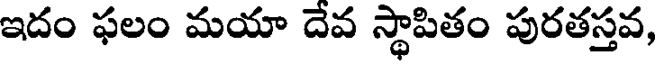
ఇదం ఫలం మయా దేవ స్థాపితం పురతస్తవ,